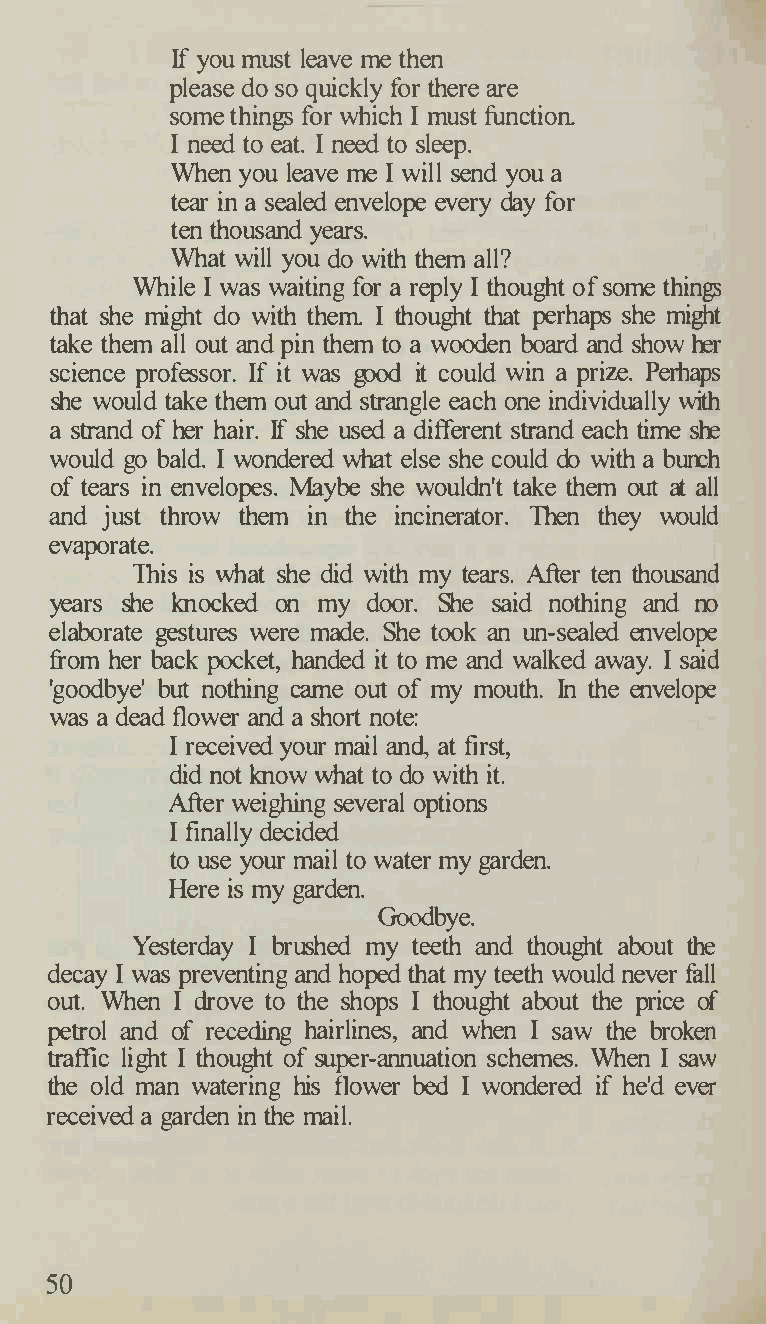
If you must leave me then
 please do so quickly for there are
 some things for which I must function
 I need to eat. I need to sleep.
 When you leave me I will send you a
 tear in a sealed envelope every day for
 ten thousand years.
 What will you do with them all?
 While I was waiting for a reply I thought of some things
 that she might do with them I thought that perhaps she might
 take them all out and pin them to a wooden board and show her
 science professor. If it was good it could win a priz.e. Perhaps
 she would take them out and strangle each one individually with
 a strand of her hair. If she used a different strand each time she
 would go bald. I wondered what else she could do with a bunch
 of tears in envelopes. Maybe she wouldn't take them out at all
 and just throw them in the incinerator. Then they would
 evaporate.
 This is what she did with my tears. After ten thousand
 years she knocked on my door. She said nothing and no
 elaborate gestures were made. She took an un-sealed envelope
 from her back pocket, handed it to me and walked away. I said
 'goodbye' but nothing came out of my mouth. In the envelope
 was a dead flower and a short note:
 I received your mail and, at first,
 did not know what to do with it.
 After weighing several options
 I finally decided
 to use your mail to water my garden.
 Here is my garden.
 Goodbye.
 Yesterday I brushed my teeth and thought about the
 decay I was preventing and hoped that my teeth would never fall
 out. When I drove to the shops I thought about the price of
 petrol and of receding hairlines, and when I saw the broken
 traffic light I thought of super-annuation schemes. When I saw
 the old man watering his flower bed I wondered if he'd ever
 received a garden in the mail.
 50